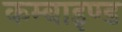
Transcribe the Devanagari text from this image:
कम्बाइण्ड